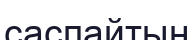
саспайтын